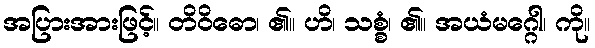
အပြားအားဖြင့်။ တိဝိဓော၊ ၏။ ဟိ၊ သစ္စံ၊ ၏။ အယံမဂ္ဂေါ၊ ကို။